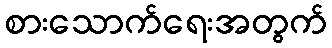
စားသောက်ရေးအတွက်